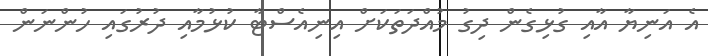
އެ އަނިޔާ އާއި ގުޅިގެން ދިގު މުއްދަތަކަށް އިނިއެސްޓާ ކުޅުމާއި ދުރުގައި ހުންނަން